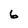
Character: 6